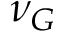
\nu _ { G }